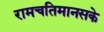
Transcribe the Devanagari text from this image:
रामचतिमानसके